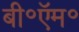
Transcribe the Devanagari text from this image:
बी॰ऍम॰